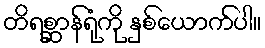
တိရစ္ဆာန်ရုံကို နှစ်ယောက်ပါ။